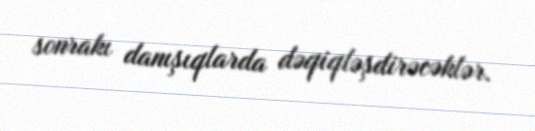
sonrakı danışıqlarda dəqiqləşdirəcəklər.